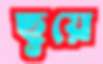
ছুয়ে